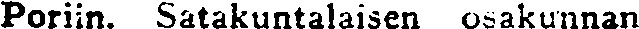
Poriin. Satakuntalaisen osakunnan